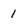
Character: 1